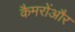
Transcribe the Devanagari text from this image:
कैमरोंऔर